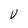
Character: U